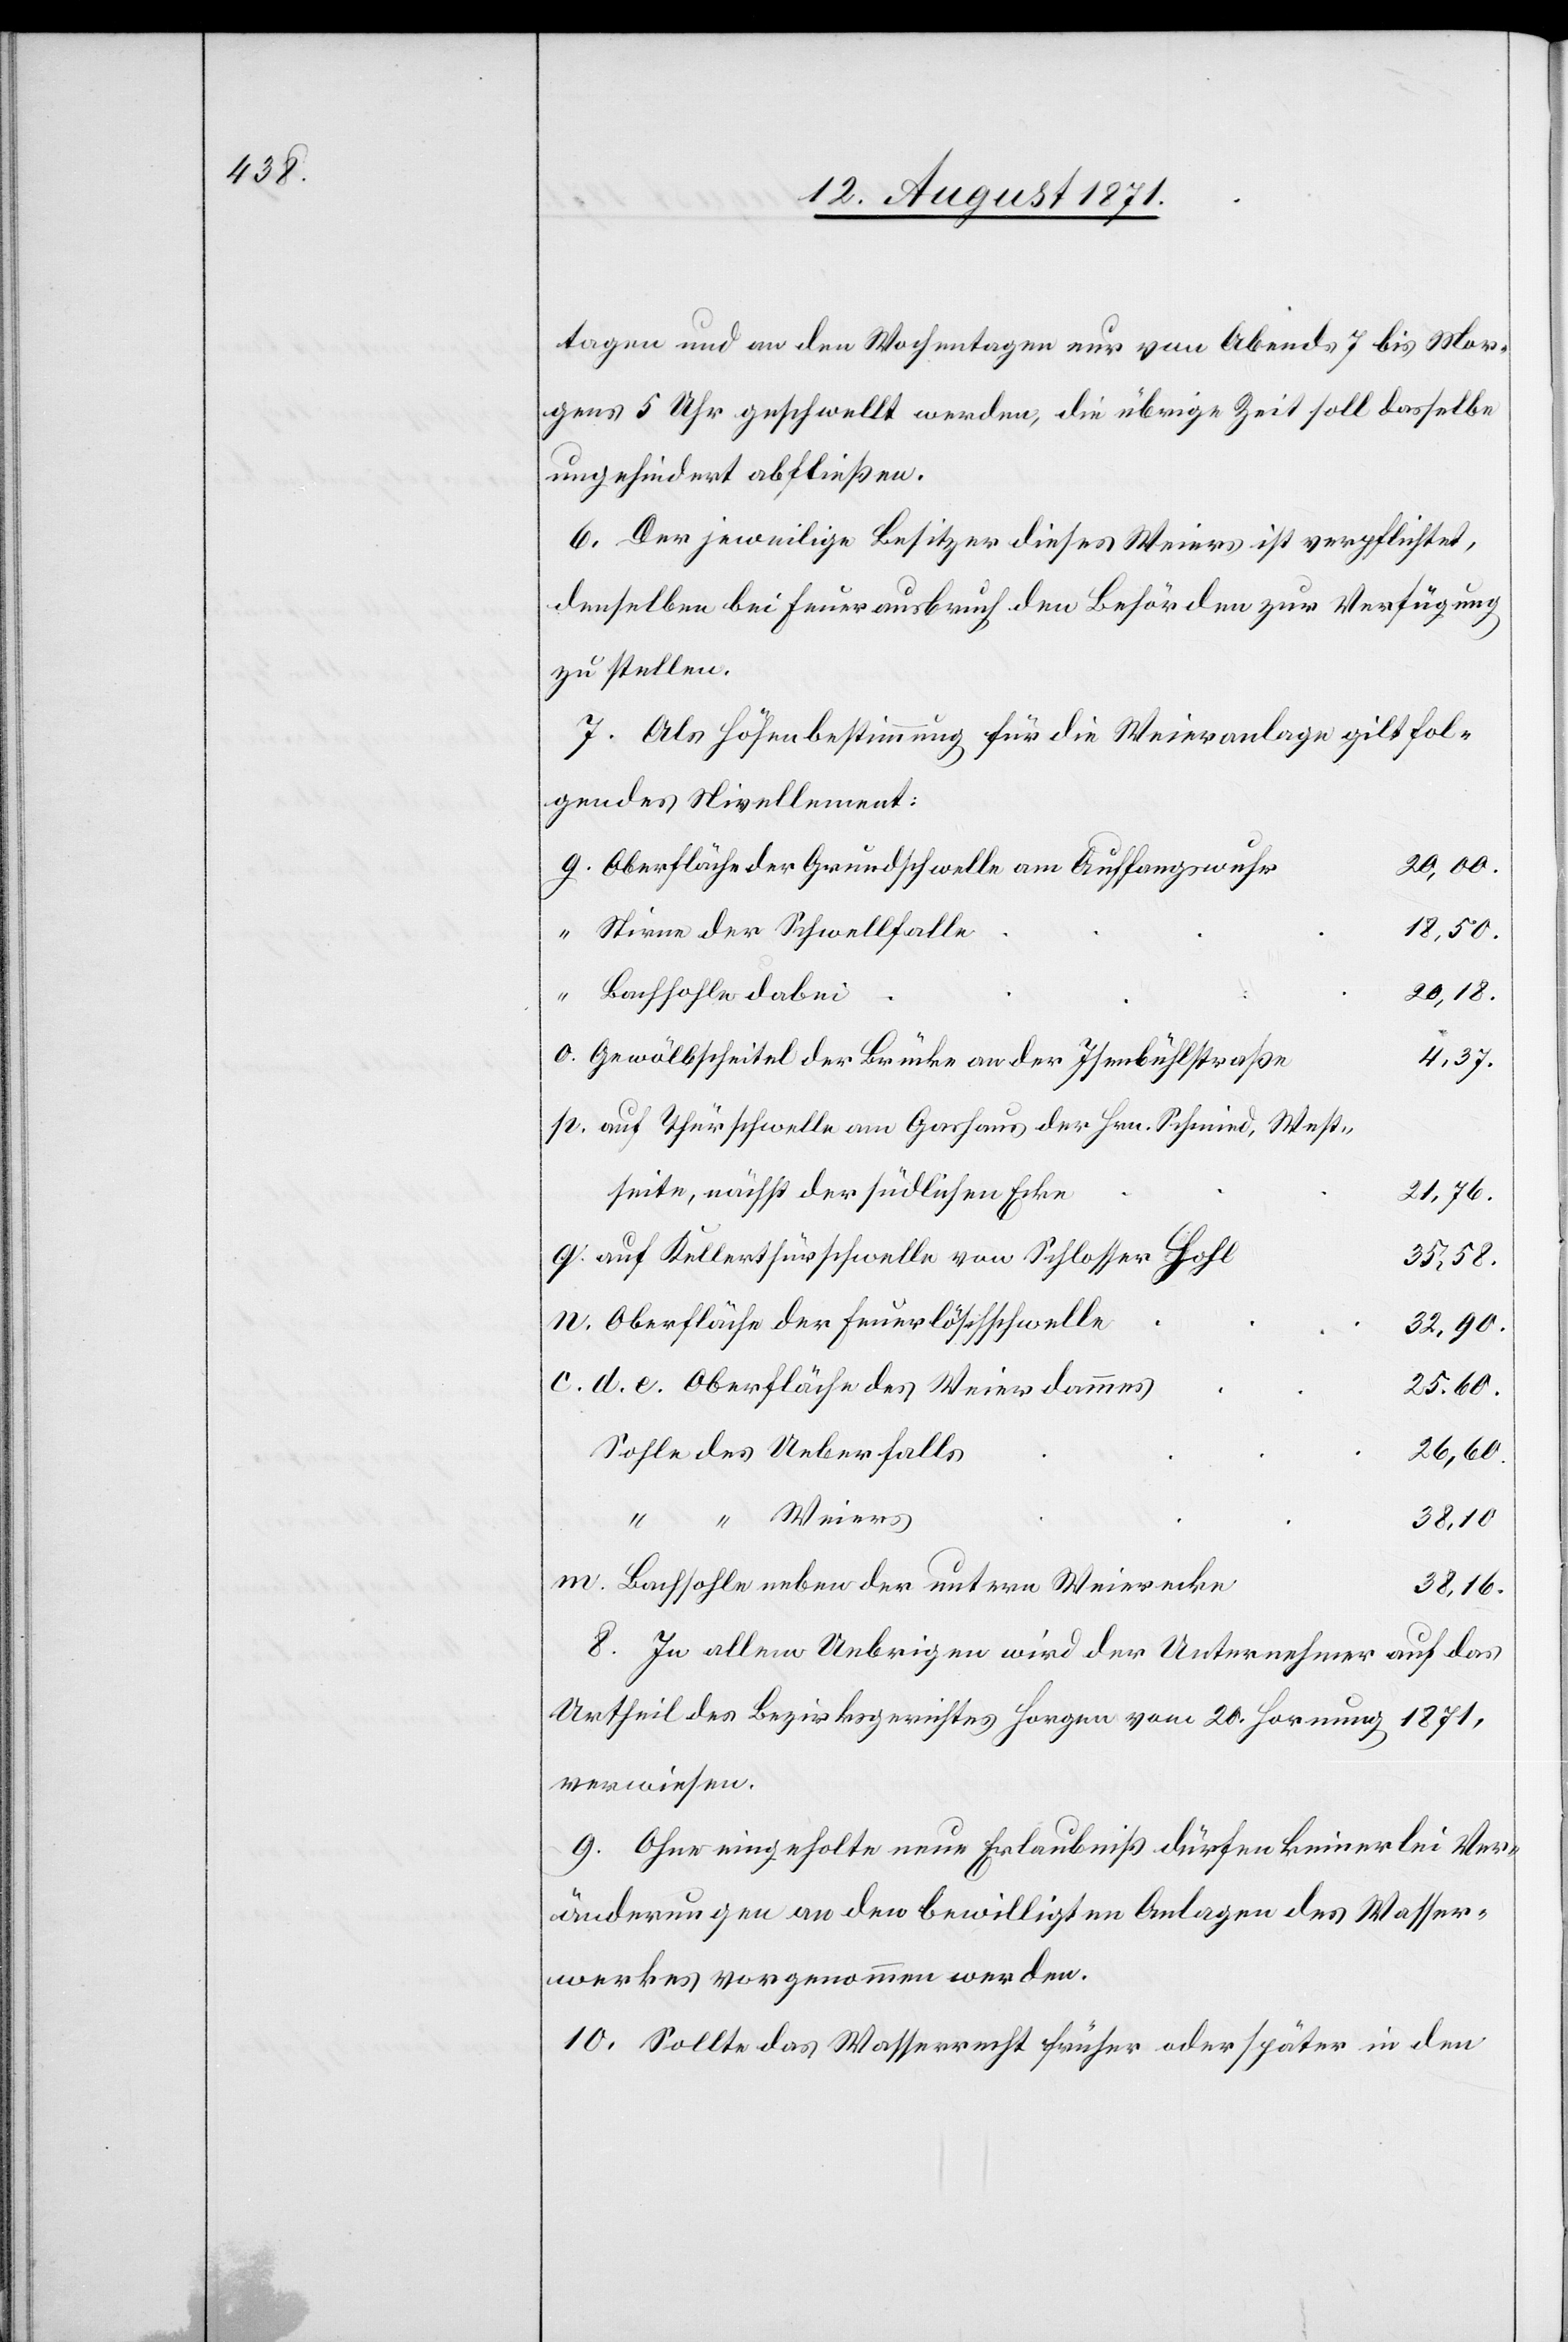
tagen und an den Wochentagen nur von Abends 7 bis Mor¬
gens 5 Uhr geschwellt werden, die übrige Zeit soll derselbe
unbehindert abfließen.
6. Der jeweilige Besitzer dieses Weiers ist verpflichtet,
denselben bei Feuerausbruch den Behörden zur Verfügung
zu stellen.
7. Als Höhenbestimmung für die Weieranlage gilt fol¬
gendes Nirellement:
Oberfläche der Grundschwelle am Auffangswuhr
18,50.
Niren der Schwellhalle
20,18.
Bachsohle dabei
o.
Gewölbscheitel der Brücke an der Isenbühlstraße
4,37.
auf Thurschwelle am Garhaus des. Hrn. Schmied, West¬
seite, nächst der südlichen Ecke
21,76
auf Kellerthürschwelle von Schlosser Hohl
c. d. e.
Oberfläche der Feuerlöschschwelle
32,90.
Sohle des Ueberfalls
26,60.
“ Weiers
38,10.
m.
Bachsohle ueber der unteren Weierecke
38,16
8. In allem Uebrigen wird der Unternehmer auf das
Urtheil des Bezirksrichters Horgen vom 20. Hornung 1871,
verwiesen.
9. Ohne eingeholte neue Erlaubniß dürfen keinerlei Ae¬
nderungen an der bewilligten Anlage des Wasser¬
werkes vorgenommen werden.
10. Sollte das Wasserrecht früher oder später in den